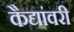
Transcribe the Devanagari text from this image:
कैद्यांवरी